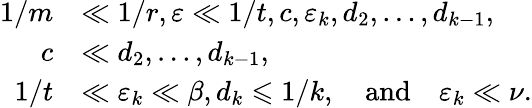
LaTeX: \begin{array}{rl}{1/m}&{\ll 1/r,\varepsilon\ll 1/t,c,\varepsilon_{k},d_{2},\dots,d_{k-1},}\\ {c}&{\ll d_{2},\dots,d_{k-1},}\\ {1/t}&{\ll\varepsilon_{k}\ll\beta,d_{k}\leqslant 1/k,\quad\mathrm{and}\quad\varepsilon_{k}\ll\nu.}\end{array}